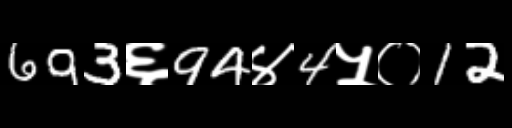
Text: 693६94४4५०12